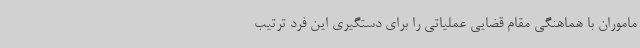
ماموران با هماهنگی مقام قضایی عملیاتی را برای دستگیری این فرد ترتیب